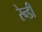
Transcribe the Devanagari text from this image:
रेन्डी